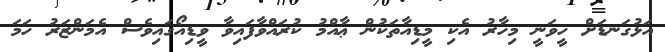
އަޅުގަނޑަށް ހީވަނީ މިހާރު އެކި މީޑިއާތަކުން ޢާއްމު ކުރައްވާފައިވާ ވީޑިއޯގައިވެސް އެމަންޒަރު ހަމަ